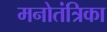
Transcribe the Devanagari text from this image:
मनोतंत्रिका